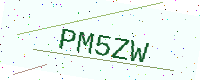
Text: PM5ZW